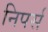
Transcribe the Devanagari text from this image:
निपर्स